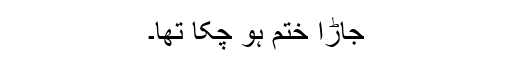
جاڑا ختم ہو چکا تھا۔